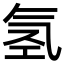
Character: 氢